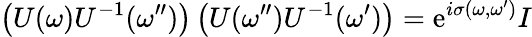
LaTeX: \left(U(\omega)U^{-1}(\omega^{\prime\prime})\right)\left(U(\omega^{\prime\prime})U^{-1}(\omega^{\prime})\right)=\mathrm{e}^{i\sigma(\omega,\omega^{\prime})}I